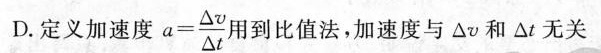
D.定义加速度$$a = \frac { △ v } { △ t }$$用到比值法，加速度与△v和△t无关